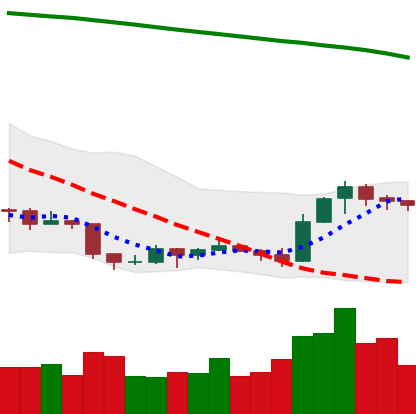
Ticker: EOS-USD
Chart end date: 2019-09-12
Forward return: 9.765%
Label: up_7plus